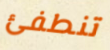
تنطفئ